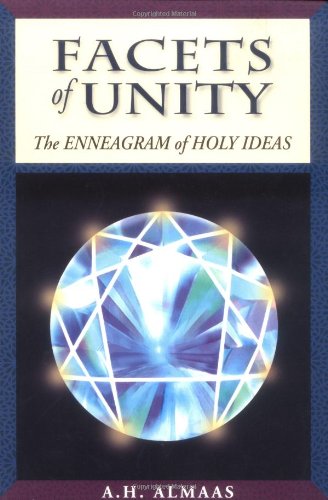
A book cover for Facets of Unity: The Enneagram of Holy Ideas; A. H. Almaas; Religion & Spirituality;